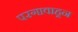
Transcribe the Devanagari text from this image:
परगावाहून